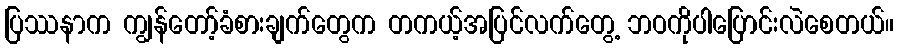
ပြဿနာက ကျွန်တော့်ခံစားချက်တွေက တကယ့်အပြင်လက်တွေ့ ဘဝကိုပါပြောင်းလဲစေတယ်။